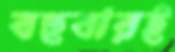
বহুবারই